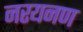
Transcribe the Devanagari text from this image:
नरयनण